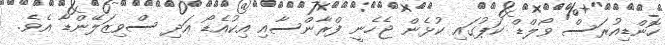
ހޮންޑިއުރަސް ވޯލްޑް ކަޕުގައި ކުޅެން ޖެހެނީ ފްރާންސާއި އިކުއެޑޯ އަދި ސްވިޒަލޭންޑާ އެވެ.